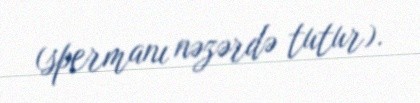
(spermanı nəzərdə tutur).